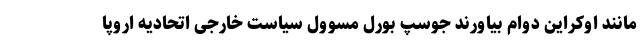
مانند اوکراین دوام بیاورند جوسپ بورل مسوول سیاست خارجی اتحادیه اروپا